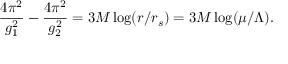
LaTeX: { \frac { 4 \pi ^ { 2 } } { g _ { 1 } ^ { 2 } } } - { \frac { 4 \pi ^ { 2 } } { g _ { 2 } ^ { 2 } } } = 3 M \log ( r / r _ { s } ) = 3 M \log ( \mu / \Lambda ) .